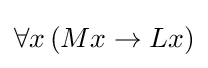
\forall x\,(Mx\rightarrow Lx)